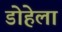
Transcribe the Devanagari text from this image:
डोहेला